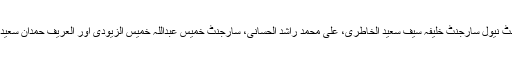
اس حملے کو سنہری فتح کا نام دیا گیا ہے اور اس کی ابتدا میں ہی انصار اللہ نے امارات کے فرسٹ نیول سارجنٹ خلیفہ سیف سعید الخاطری، علی محمد راشد الحسانی، سارجنٹ خمیس عبداللہ خمیس الزیودی اور العریف حمدان سعید العبدولی جیسے متعدد افراد کو موت کے گھاٹ اتار کر حملہ آوروں کے دانت کھٹے کر دیے ہیں۔